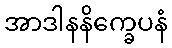
အာဒါနနိက္ခေပနံ